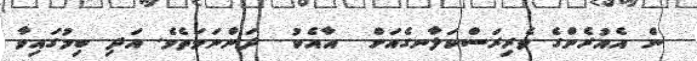
ން އެއުރެންގެ ވެރިރަސްކަލާނގެއަށް  އާއެކު  ދަންނަވަތެވެ. އަދި ބިމުގައިވާ